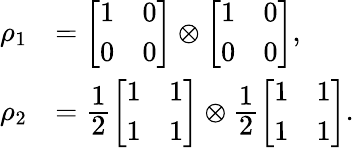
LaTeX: \begin{array}{rl}{\rho_{1}}&{=\left[\begin{array}{ll}{1}&{0}\\ {0}&{0}\end{array}\right]\otimes\left[\begin{array}{ll}{1}&{0}\\ {0}&{0}\end{array}\right],}\\ {\rho_{2}}&{=\cfrac{1}{2}\left[\begin{array}{ll}{1}&{1}\\ {1}&{1}\end{array}\right]\otimes\cfrac{1}{2}\left[\begin{array}{ll}{1}&{1}\\ {1}&{1}\end{array}\right].}\end{array}